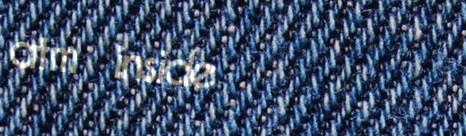
atm inside